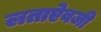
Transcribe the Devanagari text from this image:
लताऐवजी